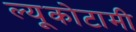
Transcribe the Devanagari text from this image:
ल्यूकोटामी